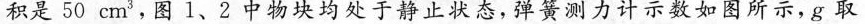
积是50cm3，图1、2中物块均处于静止状态，弹簧测力计示数如图所示，g取